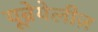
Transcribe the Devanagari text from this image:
यूब्रेयेलीज़